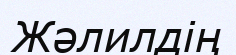
Жәлилдің